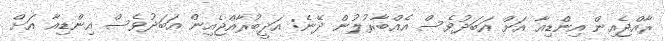
ރާއްޖެއިން އިންޑިއާ އަށް އަބަދުވެސް އެއްބާރުލުން ދޭނެ: އަދީބުރާއްޖެއިން އަބަދުވެސް އިންޑިއާ އަށް